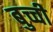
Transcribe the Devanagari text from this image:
बुच्ची